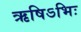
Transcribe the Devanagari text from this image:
ऋषिऽभिः